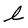
Character: l